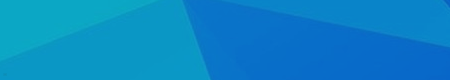
تخفيضات اليوم